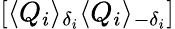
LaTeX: [\langle Q_{i}\rangle_{\delta_{i}}\langle Q_{i}\rangle_{-\delta_{i}}]